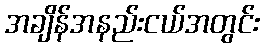
အချိန်အနည်းငယ်အတွင်း